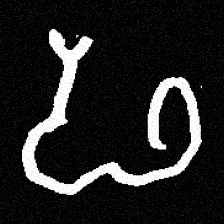
Pyu character \u2014 Myanmar letter: ဖ (romanized: pha)